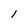
Character: l